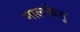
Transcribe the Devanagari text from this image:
मालकेतु